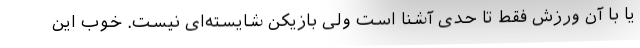
یا با آن ورزش فقط تا حدی آشنا است ولی بازیکن شایسته‌ای نیست. خوب این